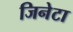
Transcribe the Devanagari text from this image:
जिनेटा